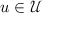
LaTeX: u \in { \mathcal { U } }